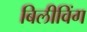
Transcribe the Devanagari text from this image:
बिलीविंग